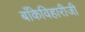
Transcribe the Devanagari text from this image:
बाँकेविहारीजी